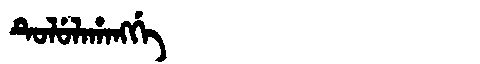
Manchu: ᡨᡠᠯᡠᠯᠠᡥᠠᠩᡤᡝ
Romanization: TULULAHANGGE